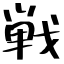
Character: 戦